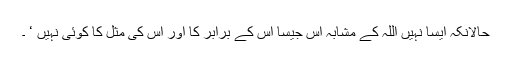
حالانکہ ایسا نہیں اللہ کے مشابہ اس جیسا اس کے برابر کا اور اس کی مثل کا کوئی نہیں ‘ ۔